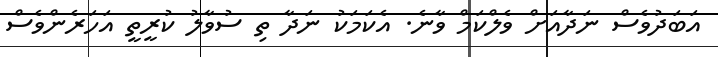
އަބަދުވެސް ނަދާއަށް ވެލްކަމް ވާނެ. އެކަމަކު ނަދާ ތި ސުވާލު ކުރީތީ އަހަރެންވެސް